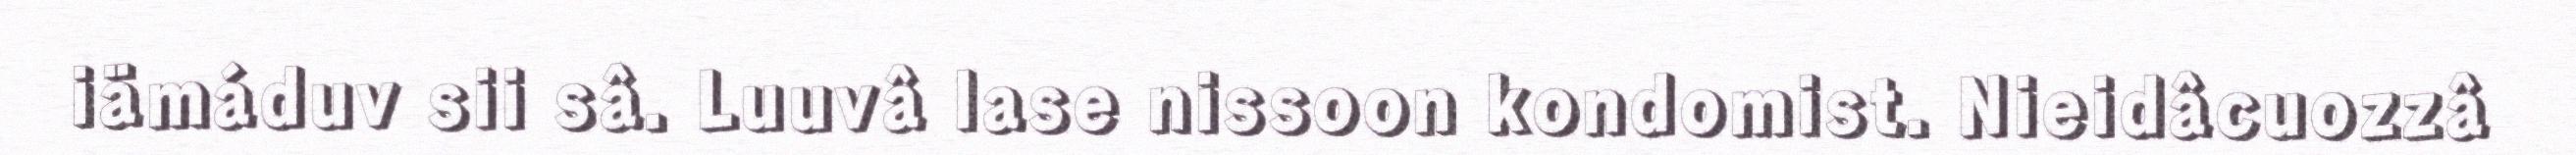
iämáduv sii sâ. Luuvâ lase nissoon kondomist. Nieidâcuozzâ